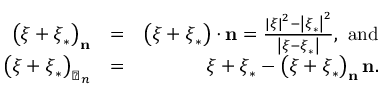
\begin{array} { r l r } { \left( \boldsymbol { \xi + \xi } _ { \ast } \right) _ { \mathbf { n } } } & { = } & { \left( \boldsymbol { \xi + \xi } _ { \ast } \right) \cdot \mathbf { n } = \frac { \left\vert \boldsymbol { \xi } \right\vert ^ { 2 } - \left\vert \boldsymbol { \xi } _ { \ast } \right\vert ^ { 2 } } { \left\vert \boldsymbol { \xi } - \boldsymbol { \xi } _ { \ast } \right\vert } , \mathrm { \ a n d } } \\ { \left( \boldsymbol { \xi + \xi } _ { \ast } \right) _ { \perp _ { \boldsymbol { n } } } } & { = } & { \boldsymbol { \xi + \xi } _ { \ast } - \left( \boldsymbol { \xi + \xi } _ { \ast } \right) _ { \mathbf { n } } \mathbf { n } . } \end{array}